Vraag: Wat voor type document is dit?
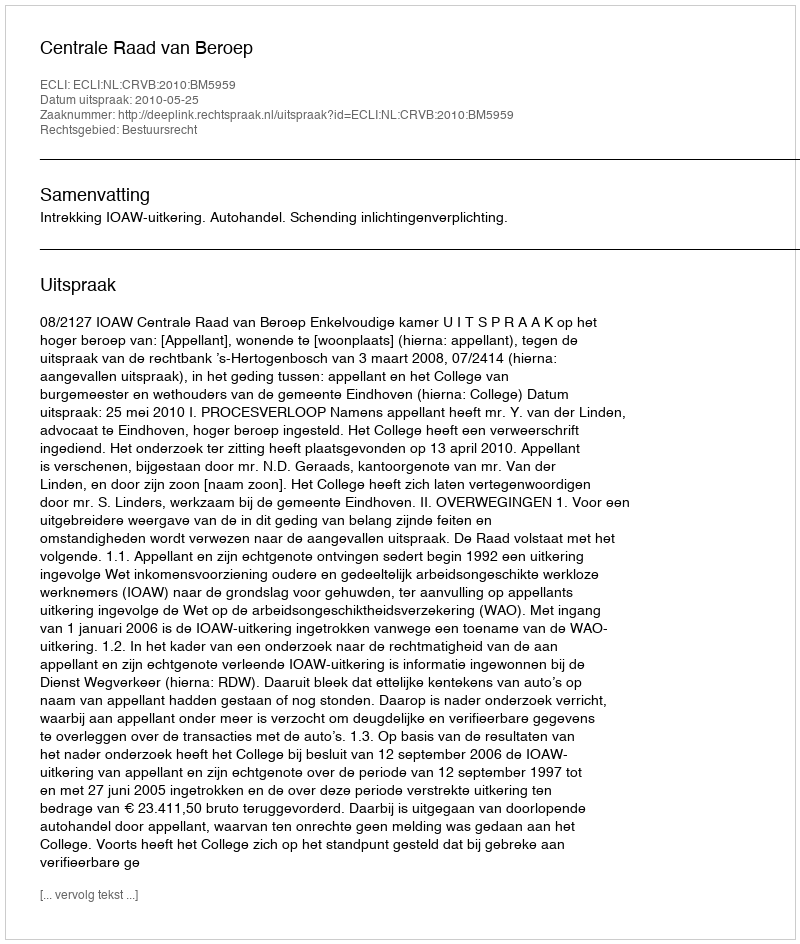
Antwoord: Uitspraak